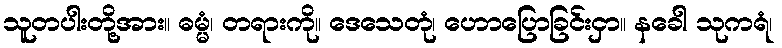
သူတပါးတို့အား။ ဓမ္မံ၊ တရားကို။ ဒေသေတုံ၊ ဟောပြောခြင်းငှာ။ နခေါ သုကရံ၊